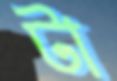
টা